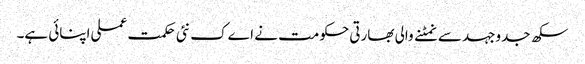
سکھ جدوجہد سے نمٹنے والی بھارتی حکومت نے اےک نئی حکمت عملی اپنائی ہے۔